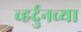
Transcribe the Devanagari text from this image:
व्हर्दुनच्या